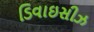
ડિવાઇસીઝ